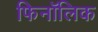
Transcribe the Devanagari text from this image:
फिनॉलिक